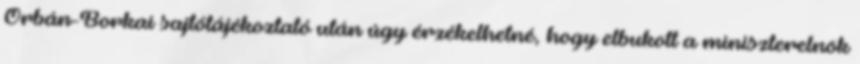
Orbán-Borkai sajtótájékoztató után úgy érzékelhetné, hogy elbukott a miniszterelnök